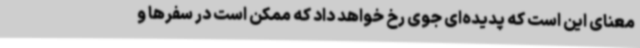
معنای این است که پدیده‌ای جوی رخ خواهد داد که ممکن است در سفرها و